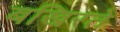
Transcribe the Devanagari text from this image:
बखिरते